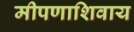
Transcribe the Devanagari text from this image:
मीपणाशिवाय